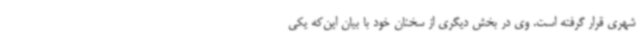
شهری قرار گرفته است. وی در بخش دیگری از سخنان خود با بیان این‌که یکی